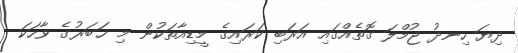
ދިޔަ ހިނދު ޖުމްލަ ގޮތެއްގައި އަރަބި ކަރައިގެ މީޑިއާތަކުން މި ޚަބަރުގެ ވާހަކަ